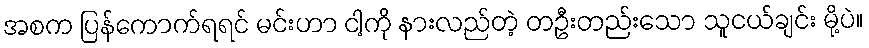
အစက ပြန်ကောက်ရရင် မင်းဟာ ငါ့ကို နားလည်တဲ့ တဦးတည်းသော သူငယ်ချင်း မို့ပဲ။